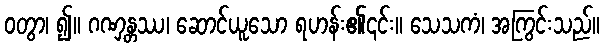
ဝတွာ၊ ၍။ ဂဏှန္တဿ၊ ဆောင်ယူသော ရဟန်း၏၎င်း။ သေသကံ၊ အကြွင်းသည်။